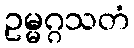
ဥမ္မဂ္ဂသတံ